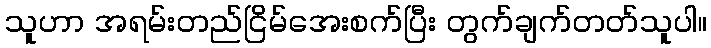
သူဟာ အရမ်းတည်ငြိမ်အေးစက်ပြီး တွက်ချက်တတ်သူပါ။